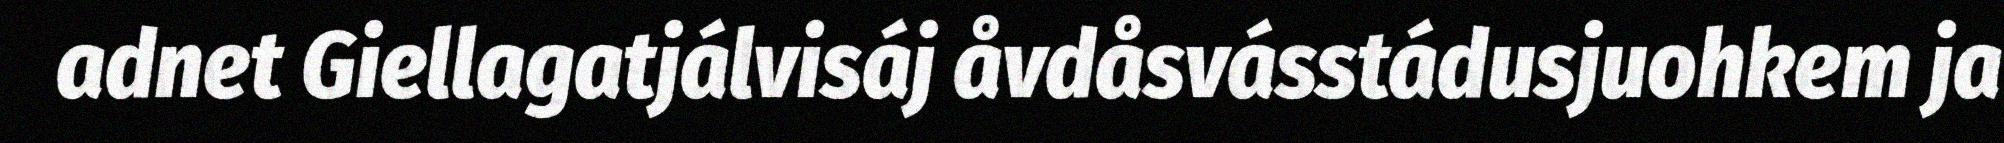
adnet Giellagatjálvisáj åvdåsvásstádusjuohkem ja